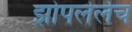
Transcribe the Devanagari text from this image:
झोपलेलेच